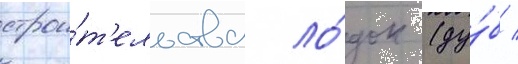
строи́т'ельства ло́док (ду́б /